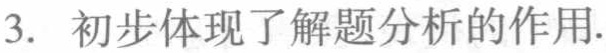
3. 初步体现了解题分析的作用.